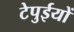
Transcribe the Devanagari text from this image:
टेपुईयों